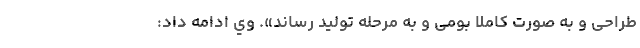
طراحی و به صورت کاملا بومی و به مرحله تولید رساند». وي ادامه داد: